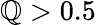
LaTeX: \mathbb{Q}>0.5